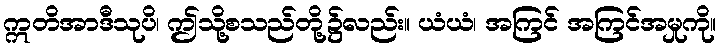
ဣတိအာဒီသုပိ၊ ဤသို့စသည်တို့၌လည်း။ ယံယံ၊ အကြင် အကြင်အမှုကို။